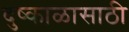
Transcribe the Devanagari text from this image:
दुष्काळासाठी